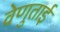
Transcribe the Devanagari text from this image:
वेणुताई